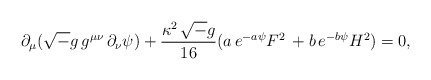
\begin{align*}\partial_{\mu} ({\sqrt -g}\, g^{\mu \nu}\, \partial_{\nu} \psi)+{\kappa^{2}\, {\sqrt -g} \over 16} (a\,e^{-a \psi} F^2\,+ b\,e^{-b \psi} H^2)=0, \end{align*}